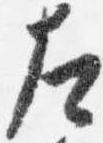
左